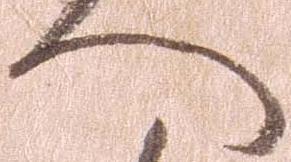
へ